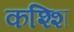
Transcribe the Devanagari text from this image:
कश्शि